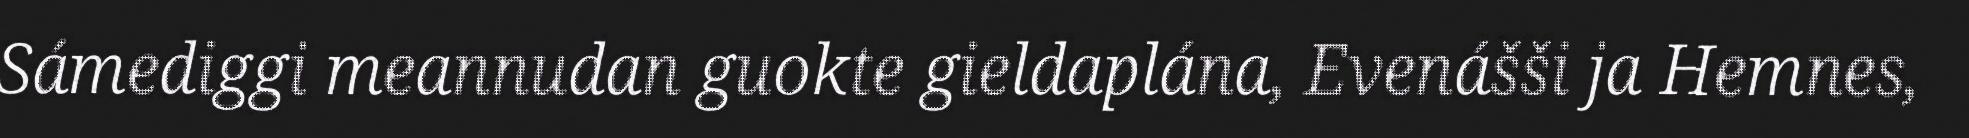
Sámediggi meannudan guokte gieldaplána, Evenášši ja Hemnes,